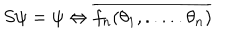
LaTeX: S \psi = \psi \Leftrightarrow \overline { { { f _ { n } ( \theta _ { 1 } , . . . . . \theta _ { n } ) } } }